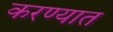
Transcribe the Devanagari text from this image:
करण्यात